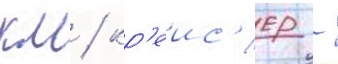
км / кр'еис'ер -